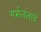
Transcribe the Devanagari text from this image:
गर्भजलाचे